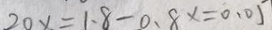
2 0 x = 1 . 8 - 0 . 8 x = 0 . 0 5